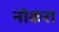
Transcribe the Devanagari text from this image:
नोकरा